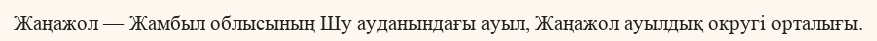
Жаңажол — Жамбыл облысының Шу ауданындағы ауыл, Жаңажол ауылдық округі орталығы.